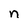
Character: n